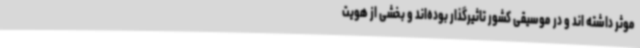
موثر داشته اند و در موسیقی کشور تاثیرگذار بوده‌اند و بخشی از هویت